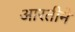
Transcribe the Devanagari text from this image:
आरतीने